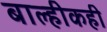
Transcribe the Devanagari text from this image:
बाल्हीकही